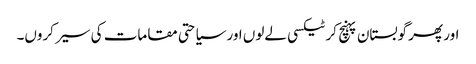
اور پھر گوبستان پہنچ کر ٹیکسی لےلوں اور سیاحتی مقامات کی سیر کروں۔